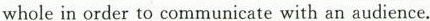
whole in order to communicate with an audience.